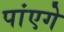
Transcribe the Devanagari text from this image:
पांएगे